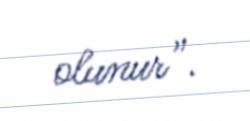
olunur”.